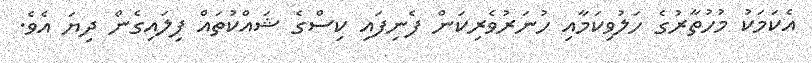
އެކަމަކު މުހުތާރުގެ ހަލުވިކަމާއި ހުނަރުވެރިކަން ފެނިފައި ކިސްގެ ޝައްކުތައް ފިލައިގެން ދިޔަ އެވެ.